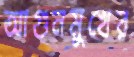
আগুনমুখের